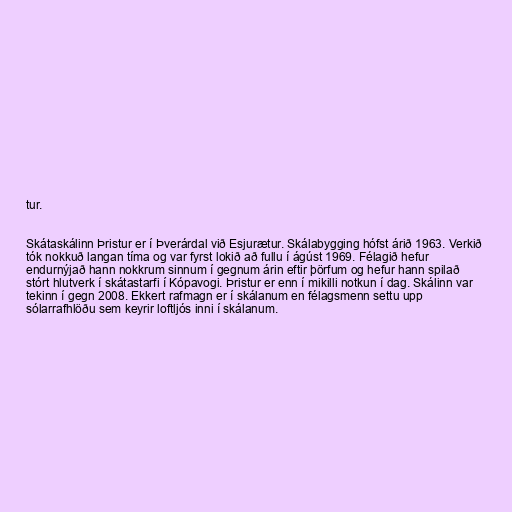
tur.

Skátaskálinn Þristur er í Þverárdal við Esjurætur. Skálabygging hófst árið 1963. Verkið
tók nokkuð langan tíma og var fyrst lokið að fullu í ágúst 1969. Félagið hefur
endurnýjað hann nokkrum sinnum í gegnum árin eftir þörfum og hefur hann spilað
stórt hlutverk í skátastarfi í Kópavogi. Þristur er enn í mikilli notkun í dag. Skálinn var
tekinn í gegn 2008. Ekkert rafmagn er í skálanum en félagsmenn settu upp
sólarrafhlöðu sem keyrir loftljós inni í skálanum.